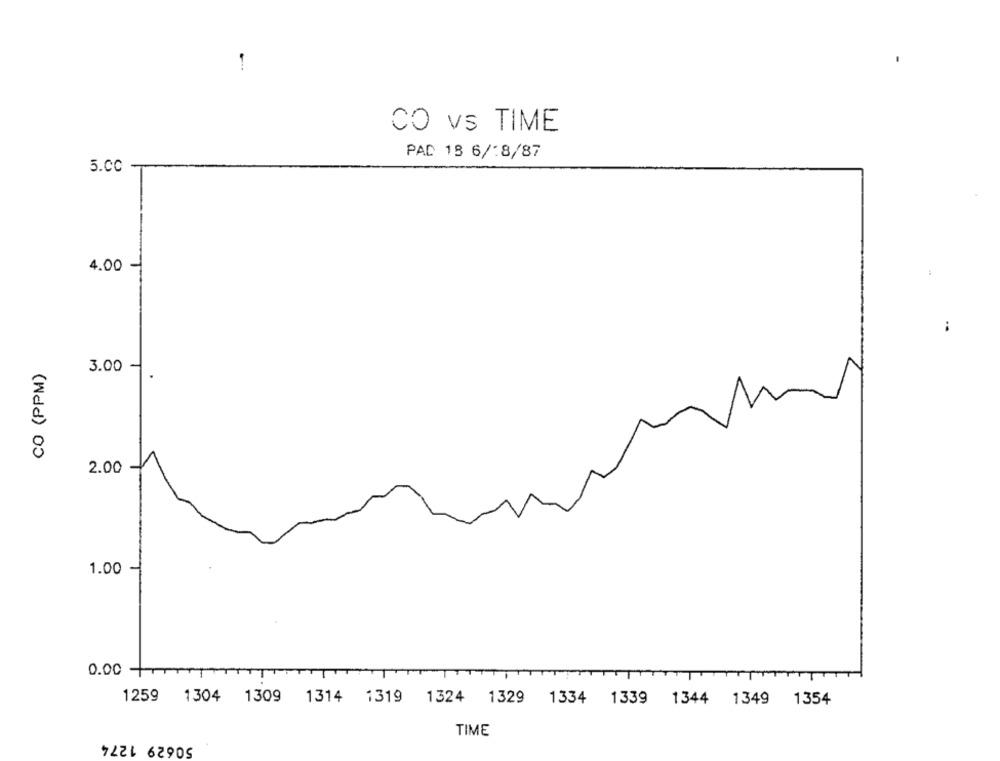
CO vs TIME
PAD 18 6/18/87
5.CC
4.00
CO (PPM)
3.00
2.00
1.00
0.00
1259 1304 1309 1314 1319 1324 1329 1334 1339 1344 1349 1354
50629 1274
TIME